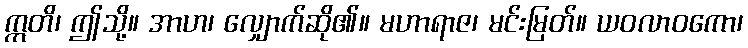
ဣတိ၊ ဤသို့။ အာဟ၊ လျှောက်ဆို၏။ မဟာရာဇ၊ မင်းမြတ်။ ယဝလာဝကော၊